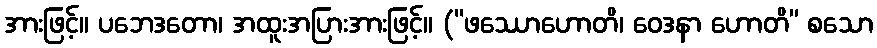
အားဖြင့်။ ပဘေဒတော၊ အထူးအပြားအားဖြင့်။ (“ဖဿောဟောတိ၊ ဝေဒနာ ဟောတိ” စသော